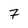
Character: 7